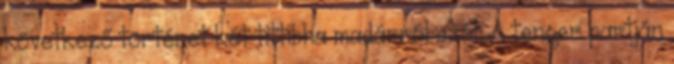
következő történet két tittibha madárról szól. A tenger partján